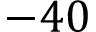
- 4 0